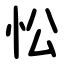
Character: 忪